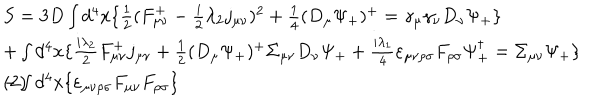
LaTeX: \begin{array} { l } { { S = 3 D \int d ^ { 4 } x \{ \frac { 1 } { 2 } ( F _ { \mu \nu } ^ { + } - \frac { i } { 2 } \lambda _ { 2 } j _ { \mu \nu } ) ^ { 2 } + \frac { 1 } { 4 } ( D _ { \mu } \Psi _ { + } ) ^ { + } = \gamma _ { \mu } \gamma _ { \nu } D _ { \nu } \Psi _ { + } \} } } \\ { { + \int d ^ { 4 } x \{ \frac { i \lambda _ { 2 } } { 2 } F _ { \mu \nu } ^ { + } j _ { \mu \nu } + \frac { 1 } { 2 } ( D _ { \mu } \Psi _ { + } ) ^ { + } \Sigma _ { \mu \nu } D _ { \nu } \Psi _ { + } + \frac { i \lambda _ { 1 } } { 4 } \varepsilon _ { \mu \nu \rho \sigma } F _ { \rho \sigma } \Psi _ { + } ^ { \dagger } = \Sigma _ { \mu \nu } \Psi _ { + } \} } } \\ { { - \int d ^ { 4 } x \{ \varepsilon _ { \mu \nu \rho \sigma } F _ { \mu \nu } F _ { \rho \sigma } \} \hspace { 8 . 3 c m } ( 2 ) } } \\ \end{array}